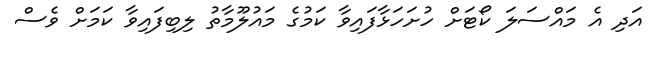
އަދި އެ މައްސަލަ ކޯޓަށް ހުށަހަޅާފައިވާ ކަމުގެ މައުލޫމާތު ލިބިފައިވާ ކަމަށް ވެސް